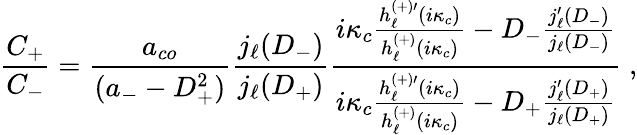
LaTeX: \frac{C_{+}}{C_{-}}=\frac{a_{co}}{(a_{-}-D_{+}^{2})}\frac{j_{\ell}(D_{-})}{j_{\ell}(D_{+})}\frac{i\kappa_{c}\frac{h_{\ell}^{(+)\prime}(i\kappa_{c})}{h_{\ell}^{(+)}(i\kappa_{c})}-D_{-}\frac{j_{\ell}^{\prime}(D_{-})}{j_{\ell}(D_{-})}}{i\kappa_{c}\frac{h_{\ell}^{(+)\prime}(i\kappa_{c})}{h_{\ell}^{(+)}(i\kappa_{c})}-D_{+}\frac{j_{\ell}^{\prime}(D_{+})}{j_{\ell}(D_{+})}}\; ,